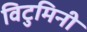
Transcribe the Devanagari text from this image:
विटुमिनी